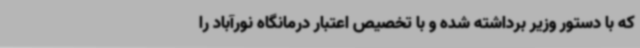
که با دستور وزیر برداشته شده و با تخصیص اعتبار درمانگاه نورآباد را